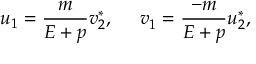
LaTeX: u _ { 1 } = \frac m { E + p } v _ { 2 } ^ { * } , \ \ \ \ v _ { 1 } ^ { } = \frac { - m } { E + p } u _ { 2 } ^ { * } ,